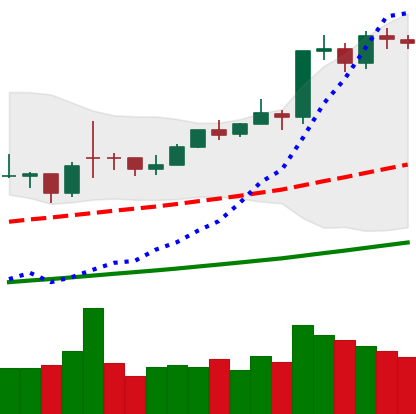
Ticker: BTC-USD
Chart end date: 2021-02-13
Forward return: 9.711%
Label: up_7plus